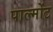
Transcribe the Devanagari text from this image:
पाल्मोंट